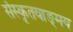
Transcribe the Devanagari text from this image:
संस्कृतवाङ्‌मय